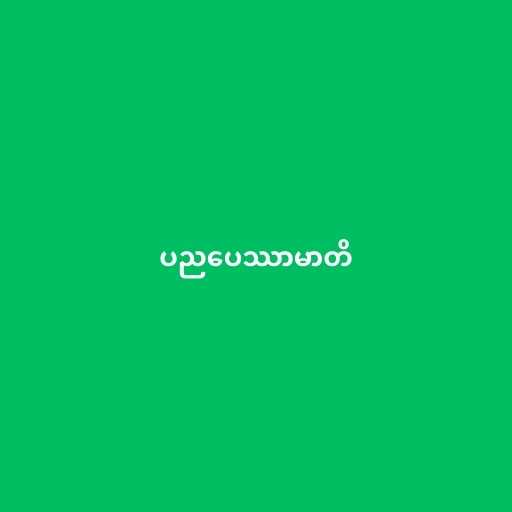
ပညပေဿာမာတိ